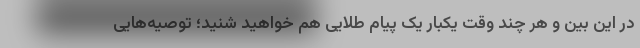
در این بین و هر چند وقت یکبار یک پیام طلایی هم خواهید شنید؛ توصیه‌هایی